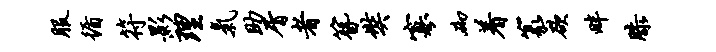
服循符影理气助屑者簪奘寡砌着篆欲畔膝